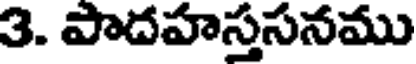
3. పాదహస్తసనము